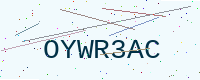
Text: OYWR3AC